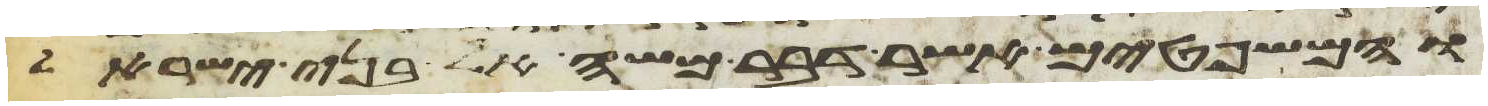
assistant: והמשפטים אשר דבר משה אל בני ישראל